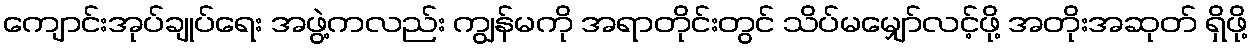
ကျောင်းအုပ်ချုပ်ရေး အဖွဲ့ကလည်း ကျွန်မကို အရာတိုင်းတွင် သိပ်မမျှော်လင့်ဖို့ အတိုးအဆုတ် ရှိဖို့